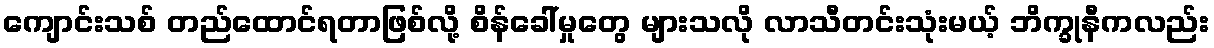
ကျောင်းသစ် တည်ထောင်ရတာဖြစ်လို့ စိန်ခေါ်မှုတွေ များသလို လာသီတင်းသုံးမယ့် ဘိက္ခုနီကလည်း